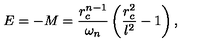
E = - M = \frac { r _ { c } ^ { n - 1 } } { \omega _ { n } } \left( \frac { r _ { c } ^ { 2 } } { l ^ { 2 } } - 1 \right) ,